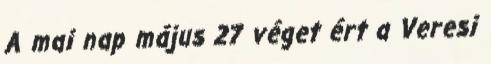
A mai nap május 27 véget ért a Veresi